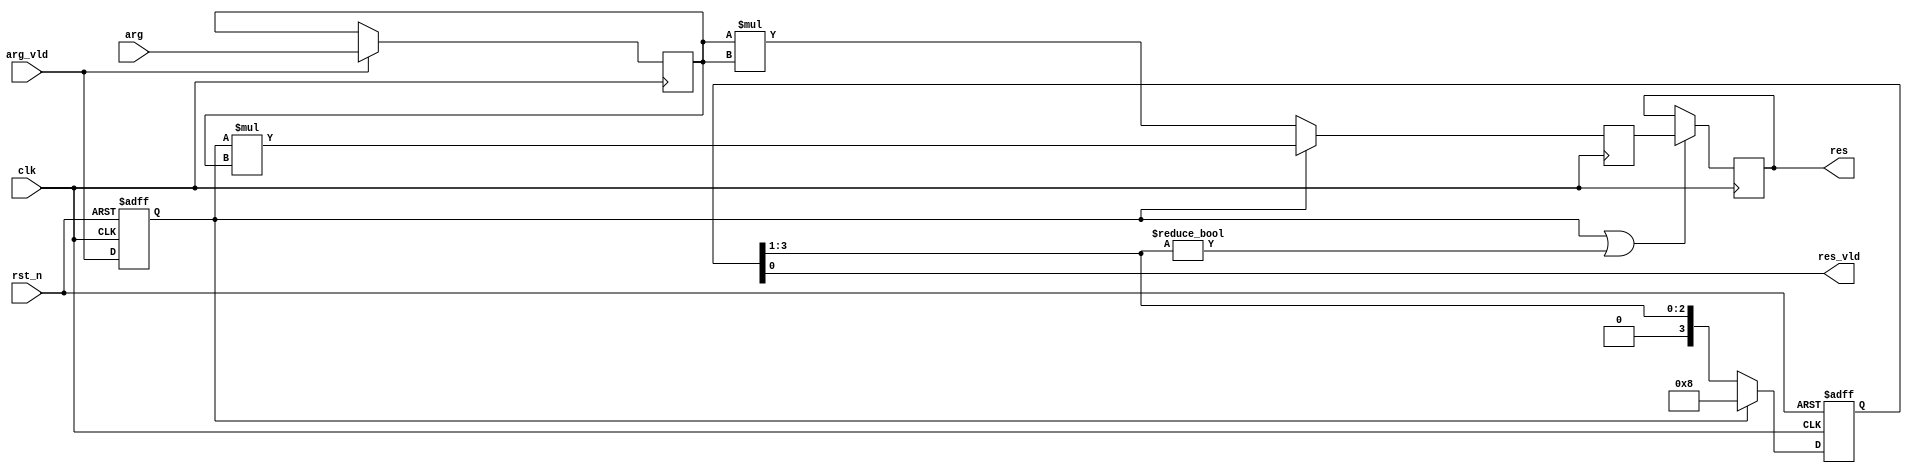
module pow_5_multi_cycle_always
# (
    parameter w = 8
)
(
    input            clk,
    input            rst_n,
    input            arg_vld,
    input  [w - 1:0] arg,
    output           res_vld,
    output [w - 1:0] res
);

    reg           arg_vld_q;
    reg [w - 1:0] arg_q;

    always @ (posedge clk or negedge rst_n)
        if (! rst_n)
            arg_vld_q <= 1'b0;
        else
            arg_vld_q <= arg_vld;
    
    always @ (posedge clk)
        if (arg_vld)
            arg_q <= arg;

    reg [3:0] shift;

    always @ (posedge clk or negedge rst_n)
        if (! rst_n)
            shift <= 4'b0;
        else if (arg_vld_q)
            shift <= 4'b1000;
        else
            shift <= shift >> 1;

    assign res_vld = shift [0];

    reg  [w - 1:0] mul_q;
	 reg [w - 1:0] mul_d;
	 
    always @ (posedge clk)
        if (arg_vld_q)
            mul_d <= arg_vld_q * arg_q;
        else
			   mul_d <= arg_q * arg_q;
    
    always @(posedge clk)
        if (arg_vld_q || shift [3:1] != 3'b0)
            mul_q <= mul_d;

    assign res = mul_q;

endmodule